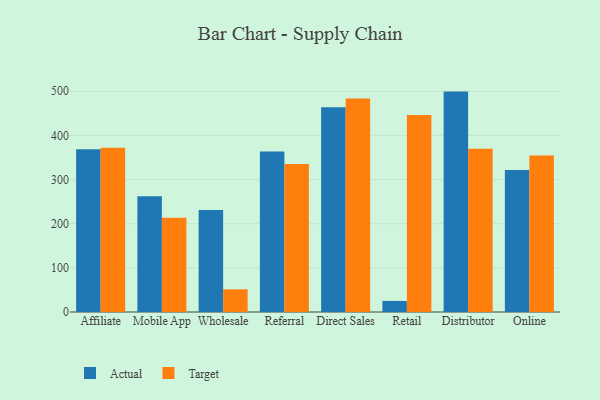
{"axis": {"x": "Channel", "y": "Operating Costs (USD K)"}, "legend": ["Actual", "Target"], "data": [{"x": "Affiliate", "y": 368.8, "type": "Actual"}, {"x": "Affiliate", "y": 371.9, "type": "Target"}, {"x": "Mobile App", "y": 262.2, "type": "Actual"}, {"x": "Mobile App", "y": 213.5, "type": "Target"}, {"x": "Wholesale", "y": 231.0, "type": "Actual"}, {"x": "Wholesale", "y": 51.3, "type": "Target"}, {"x": "Referral", "y": 363.8, "type": "Actual"}, {"x": "Referral", "y": 335.2, "type": "Target"}, {"x": "Direct Sales", "y": 463.9, "type": "Actual"}, {"x": "Direct Sales", "y": 483.9, "type": "Target"}, {"x": "Retail", "y": 25.1, "type": "Actual"}, {"x": "Retail", "y": 446.1, "type": "Target"}, {"x": "Distributor", "y": 499.3, "type": "Actual"}, {"x": "Distributor", "y": 370.0, "type": "Target"}, {"x": "Online", "y": 321.8, "type": "Actual"}, {"x": "Online", "y": 354.5, "type": "Target"}]}